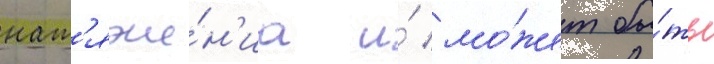
нат'яже́н'иа и́ мо́жет бы́ть